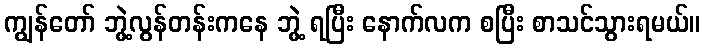
ကျွန်တော် ဘွဲ့လွန်တန်းကနေ ဘွဲ့ ရပြီး နောက်လက စပြီး စာသင်သွားရမယ်။